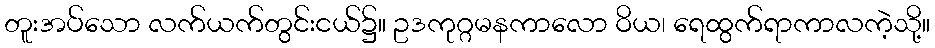
တူးအပ်သော လက်ယက်တွင်းငယ်၌။ ဥဒကုဂ္ဂမနကာလော ဝိယ၊ ရေထွက်ရာကာလကဲ့သို့။